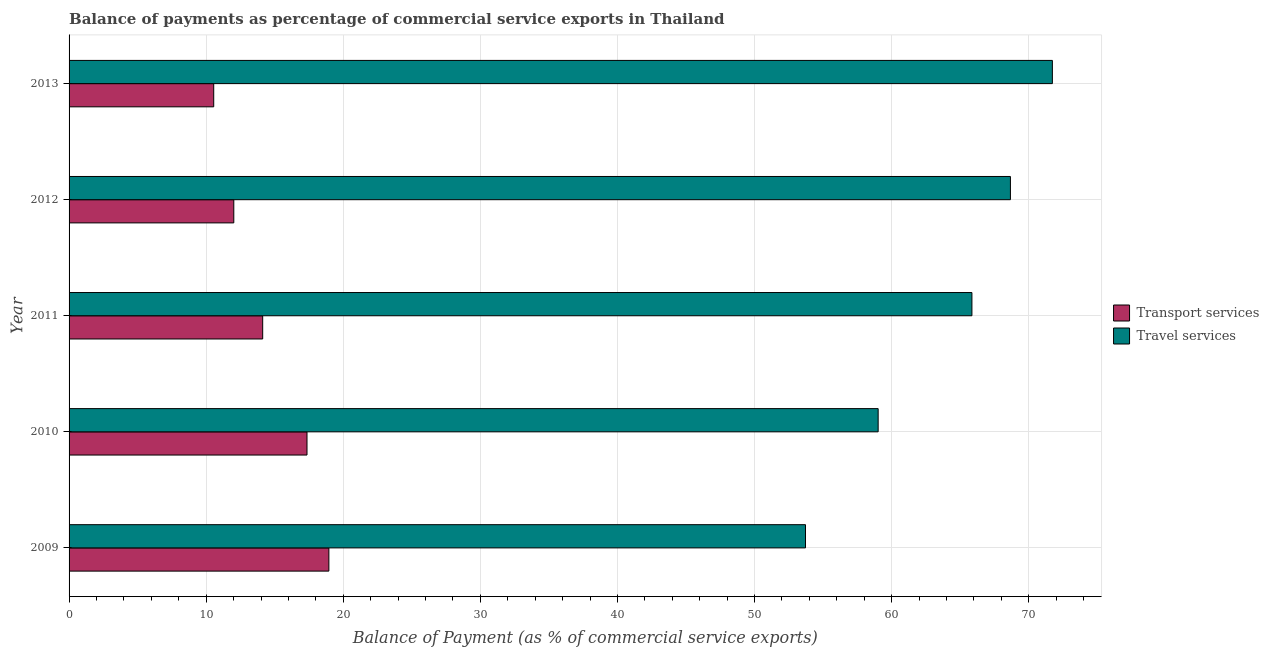
| Year | Transport services | Travel services |
 | --- | --- | --- |
 | 2009 | 19 | 53.7 |
 | 2010 | 17.4 | 59 |
 | 2011 | 14.1 | 65.9 |
 | 2012 | 12 | 68.7 |
 | 2013 | 10.6 | 71.7 |